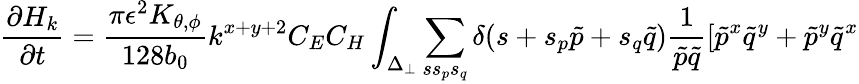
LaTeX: \frac{\partial H_{k}}{\partial t}=\frac{\pi\epsilon^{2}K_{\theta,\phi}}{128b_{0}}k^{x+y+2}C_{E}C_{H}\int_{\Delta_{\perp}}\sum_{ss_{p}s_{q}}\delta(s+s_{p}\tilde{p}+s_{q}\tilde{q})\frac{1}{\tilde{p}\tilde{q}}\left[{\tilde{p}}^{x}{\tilde{q}}^{y}+{\tilde{p}}^{y}{\tilde{q}}^{x}\right.